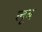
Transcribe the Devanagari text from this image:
लूब